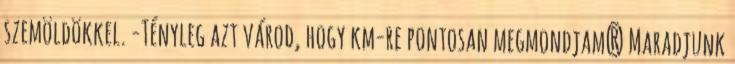
szemöldökkel. -Tényleg azt várod, hogy km-re pontosan megmondjam? Maradjunk